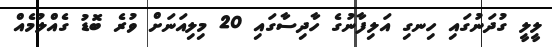
ލީލީ ގުދަނުގައި ހިނގި އަލިފާނުގެ ހާދިސާގައި 20 މިލިއަނަށް ވުރެ ބޮޑު ގެއްލުމެއް